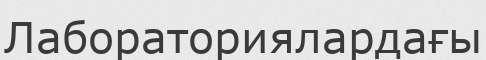
Лабораториялардағы